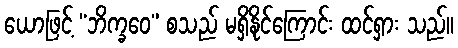
ယောဖြင့် “ဘိက္ခဝေ” စသည် မရှိနိုင်ကြောင်း ထင်ရှား သည်။